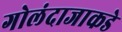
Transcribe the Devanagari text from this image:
गोलंदाजाकडे